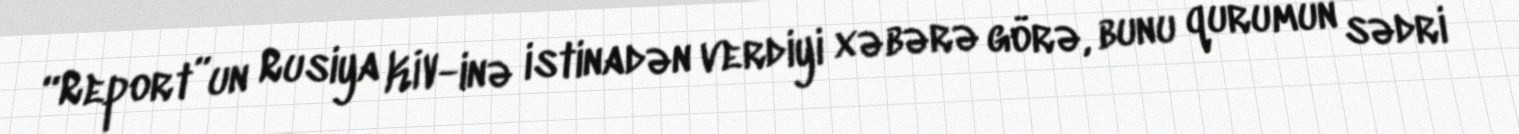
“Report”un Rusiya KİV-inə istinadən verdiyi xəbərə görə, bunu qurumun sədri